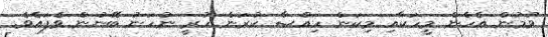
ވުމުން އެހެން މީހަކާއި މިކަން ހިއްޞާ ކުރަން ހުރީ ނުހަނު ބޭނުން ވެފައެވެ.